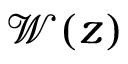
\mathcal { W } ( z )